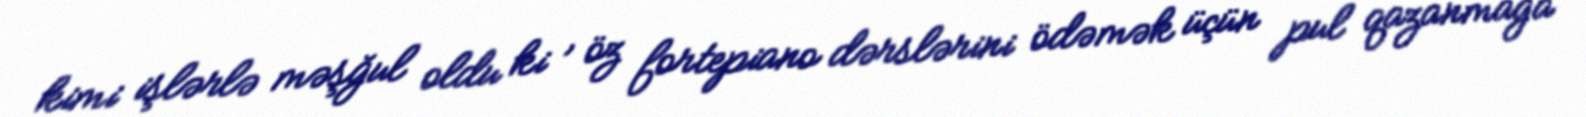
kimi işlərlə məşğul oldu ki , öz fortepiano dərslərini ödəmək üçün pul qazanmağa